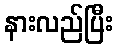
နားလည်ပြီး